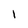
Character: l